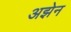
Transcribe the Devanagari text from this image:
अझेन